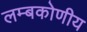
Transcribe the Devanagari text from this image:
लम्बकोणीय